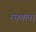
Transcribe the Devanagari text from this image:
रमणला